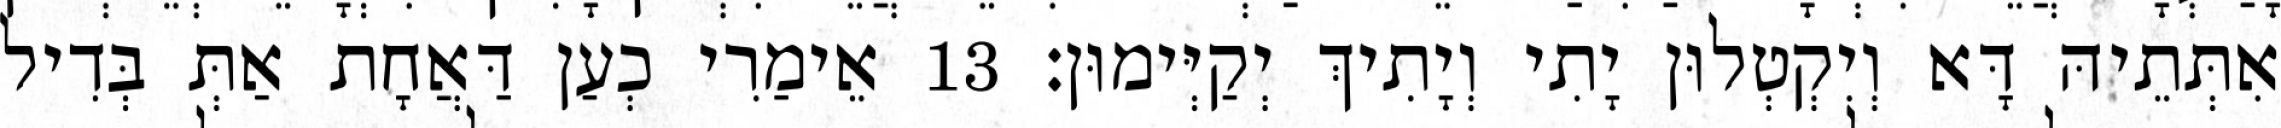
אִתְּתֵיהּ דָּא וְיִקְטְלוּן יָתִי וְיָתִיךְ יְקַיְּימוּן׃ 13 אֵימַרִי כְעַן דַּאֲחָת אַתְּ בְּדִיל